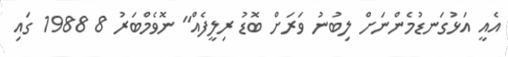
އެއީ އަޅުގަނޑުމެންނަށް ލިބުނު ވަރަށް ބޮޑު ރިލީފެއް" ނޮވެމްބަރު 8 1988 ގައި